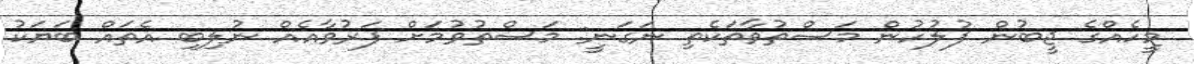
މީހެއްގެ ޖީބުން ފުލުހުން މަސްތުވާތަކެތި ނަގަނީ: މަސްތުވުމަށް ފަރުވާއެއް ނުލިބި އެތައް ބަޔަކު